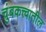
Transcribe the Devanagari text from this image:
चुंबकत्त्वातील